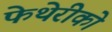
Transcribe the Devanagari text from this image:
फेथेरीको